Lunatic asylums Bombay report 1891-1903 - 1891-1903
Year: 1891
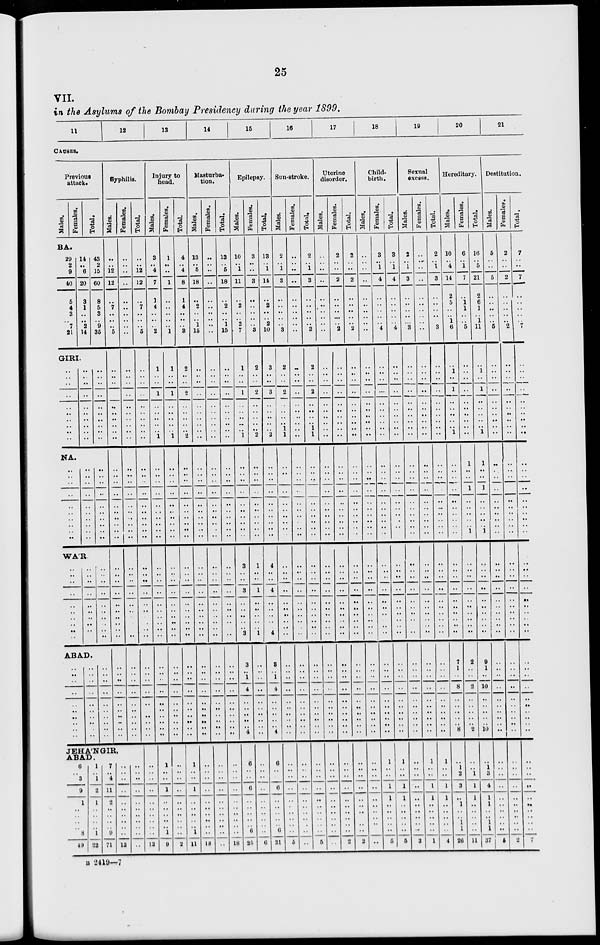
25
VII.
in the Asylums of the Bombay Presidency during the year 1899.
11
12
13
14
15
16
17
18
19
20
21
CAUSES.
Previous
attack.
Mal es .
Females.
Tot al .
Syphilis.
Mal es . Femal es . Tot al .
Injury to
head.
Mal es .
Femal es . Tot al .
Masturba-
tion.
Mal es . Fe ma l
e s . Tot al .
Epilepsy.
Males. Females.
Tot al .
Sun-stroke.
Mal es .
Femal es . Tot al .
Uterine
disorder.
Males. Fe ma l
e s . Total.
Child-
birth.
Mal es . Femal es . Tot al .
Sexual
excess.
Males.
Females.
Total.
Hereditary.
Males.
Females.
Tot al .
Destitution.
Mal es . Fe ma l
e s . Tot al .
BA.
29
2
9
40
5
4
3
7
21
14
..
6
20
3
1
..
2
14
43
2
15
60
8
5
3
9
35
GIRI.
..
..
..
..
..
..
..
..
..
..
NA.
..
..
..
..
..
..
..
..
..
..
..
..
..
..
..
..
..
..
..
..
..
..
..
..
..
..
..
..
..
..
..
..
..
..
..
..
..
..
..
..
..
..
..
..
..
..
..
..
..
..
..
..
12
12
..
7
..
..
5
..
..
..
..
..
..
..
..
..
..
..
..
..
..
..
..
..
..
..
..
..
..
..
..
..
..
..
..
..
..
..
..
..
..
..
..
..
..
..
..
..
..
..
..
..
..
..
..
..
..
..
12
12
..
7
..
..
5
..
..
..
..
..
..
..
..
..
..
..
..
..
..
..
..
..
..
..
..
3
..
4
7
1
4
..
..
2
1
..
..
1
..
..
..
..
.. 1
..
..
..
..
..
..
..
..
..
..
1
..
..
1
..
..
..
..
1
1
..
..
1
..
..
..
..
.. 1
..
..
..
..
..
..
..
..
..
..
4
..
4
8
1
4
..
..
3
2
..
..
2
..
..
..
..
.. 2
..
..
..
..
..
..
..
..
..
..
13
..
5
18
..
2
..
1
15
..
..
..
..
..
..
..
..
..
..
..
..
..
..
..
..
..
..
..
..
..
..
..
..
..
..
..
..
..
..
..
..
..
..
..
..
..
..
..
..
..
..
..
..
..
..
..
..
..
13
..
5
18
..
2
..
1
15
..
..
..
..
..
..
..
..
..
..
..
..
..
..
..
..
..
..
..
..
10
..
1
11
..
2
..
2
7
1
..
..
1
..
..
..
..
.. 1
..
..
..
..
..
..
..
..
..
..
3
..
..
3
..
..
..
..
3
2
..
..
2
..
..
..
..
.. 2
..
..
..
..
..
..
..
..
..
..
13
..
1
14
..
2
..
2
10
3
..
..
3
..
..
..
..
.. 3
..
..
..
..
..
..
..
..
..
..
2
..
1
3
..
..
..
..
3
2
..
..
2
..
..
..
..
1
1
..
..
..
..
..
..
..
..
..
..
..
..
..
..
..
..
..
..
..
..
..
..
..
..
..
..
..
..
..
..
..
..
..
..
..
..
..
..
..
2
..
1
3
..
..
..
..
3
2
..
..
2
..
..
..
..
1
1
..
..
..
..
..
..
..
..
..
..
..
..
..
..
..
..
..
..
..
2
..
..
2
..
..
..
..
2
..
..
..
..
..
..
..
..
..
..
..
..
..
..
..
..
..
..
..
..
..
..
..
..
..
..
..
..
..
..
..
..
..
..
..
..
..
..
..
..
2
..
..
2
..
..
..
..
2
..
..
..
..
..
..
..
..
..
..
..
..
..
..
..
..
..
..
..
..
..
..
..
..
..
..
..
..
..
..
..
..
..
..
..
..
..
..
..
..
..
..
..
..
..
..
..
..
..
3
..
1
4
..
..
..
..
4
..
..
..
..
..
..
..
..
..
..
..
..
..
..
..
..
..
..
..
..
3
..
1
4
..
..
..
..
4
..
..
..
..
..
..
..
..
..
..
..
..
..
..
..
..
..
..
..
..
2
..
1
3
..
..
..
..
3
..
..
..
..
..
..
..
..
..
..
..
..
..
..
..
..
..
..
..
..
..
..
..
..
..
..
..
..
..
..
..
..
..
..
..
..
..
..
..
..
..
..
..
..
..
..
..
..
..
2
..
1
3
..
..
..
..
3
..
..
..
..
..
..
..
..
..
..
..
..
..
..
..
..
..
..
..
..
10
..
4
14
2
5
..
1
6
..
1
..
1
..
..
..
..
.. 1
..
..
..
..
..
..
..
..
..
..
6
..
1
7
..
1 1
..
5
..
..
..
..
..
..
..
..
..
..
1
..
..
1
..
..
..
..
..
1
16
..
5
21
2
6
1
1
11
..
1
..
1
..
..
..
..
.. 1
1
..
..
1
..
..
..
..
..
1
5
..
..
5
..
..
..
..
5
..
..
..
..
..
..
..
..
..
..
..
..
..
..
..
..
..
..
..
..
2
..
..
2
..
..
..
..
2
..
..
..
..
..
..
..
..
..
..
..
..
..
..
..
..
..
..
..
..
7
..
..
7
..
..
..
..
7
..
..
..
..
..
..
..
..
..
..
..
..
..
..
..
..
..
..
..
..
WA'R.
..
..
..
..
..
..
..
..
..
..
..
..
..
..
..
..
..
..
..
..
..
..
..
..
..
..
..
..
..
..
..
..
..
..
..
..
..
..
..
..
..
..
..
..
..
..
..
..
..
..
..
..
..
..
..
..
..
..
..
..
..
..
..
..
..
..
..
..
..
..
..
..
..
..
..
..
..
..
..
..
..
..
..
..
..
..
..
..
..
..
..
..
..
..
..
..
..
..
..
..
..
..
..
..
..
..
..
..
..
..
..
..
..
..
..
..
..
..
..
..
3
..
..
3
..
..
..
..
.. 3
1
..
..
1
..
..
..
..
.. 1
4
..
..
4
..
..
..
..
..
4
..
..
..
..
..
..
..
..
..
..
..
..
..
..
..
..
..
..
..
..
..
..
..
..
..
..
..
..
..
..
..
..
..
..
..
..
..
..
..
..
..
..
..
..
..
..
..
..
..
..
..
..
..
..
..
..
..
..
..
..
..
..
..
..
..
..
..
..
..
..
..
..
..
..
..
..
..
..
..
..
..
..
..
..
..
..
..
..
..
..
..
..
..
..
..
..
..
..
..
..
..
..
..
..
..
..
..
..
..
..
..
..
..
..
..
..
..
..
..
..
..
..
..
..
..
..
..
..
..
..
..
..
..
..
..
..
..
..
..
..
..
..
..
..
..
..
..
..
..
..
..
..
..
..
..
..
..
..
..
..
..
..
..
..
..
..
..
..
..
..
..
..
..
..
..
..
..
..
..
..
ABAD.
|
..
..
..
..
..
..
..
..
..
..
..
..
..
..
..
..
..
..
..
..
..
..
..
..
..
..
..
..
..
..
..
..
..
..
..
..
..
..
..
..
..
..
..
..
..
..
..
..
..
..
..
..
..
..
..
..
..
..
..
..
..
..
..
..
..
..
..
..
..
..
..
..
..
..
..
..
..
..
..
..
..
..
..
..
..
..
..
..
..
..
..
..
..
..
..
..
..
..
..
..
..
..
..
..
..
..
..
..
..
..
..
..
..
..
..
..
..
..
..
..
3
..
1
4
..
..
..
..
..
..
..
..
..
..
..
..
..
..
..
..
3
..
1
4
..
..
..
..
..
4
..
..
..
..
..
..
..
..
..
..
..
..
..
..
..
..
..
..
..
..
..
..
..
..
..
..
..
..
..
..
..
..
..
..
..
..
..
..
..
..
..
..
..
..
..
..
..
..
..
..
..
..
..
..
..
..
..
..
..
..
..
..
..
..
..
..
..
..
..
..
..
..
..
..
..
..
..
..
..
..
..
..
..
..
..
..
..
..
..
..
..
..
..
..
..
..
..
..
..
..
..
..
..
..
..
..
..
..
..
..
..
..
..
..
..
..
..
..
..
..
7
1
..
8
..
..
..
..
..
8
2
..
..
2
..
..
..
..
..
2
9
1
..
10
..
..
..
..
..
10
..
..
..
..
..
..
..
..
..
..
..
..
..
..
..
..
..
..
..
..
..
..
..
..
..
..
..
..
..
..
JEHA'NGIR,
ABAD.
6
..
3
9
1
..
..
..
..
8
49
1
..
1
2
1
..
..
..
..
1
22
7
..
4
11
2
..
..
..
..
9
71
..
..
..
..
..
..
..
..
..
..
12
..
..
..
..
..
..
..
..
..
..
..
..
..
..
..
..
..
..
..
..
..
12
1
..
..
1
..
..
..
..
..
1
9
..
..
..
..
..
..
..
..
..
..
2
1
..
..
1
..
..
..
..
..
1
11
..
..
..
..
..
..
..
..
..
..
18
..
..
..
..
..
..
..
..
..
..
..
..
..
..
..
..
..
..
..
..
..
18
6
..
..
6
..
..
..
..
..
6
25
..
..
..
..
..
..
..
..
..
..
6
6
..
..
6
..
..
..
..
..
6
31
..
..
..
..
..
..
..
..
..
..
5
..
..
..
..
..
..
..
..
..
..
..
..
..
..
..
..
..
..
..
..
..
5
..
..
..
..
..
..
..
..
..
..
..
..
..
..
..
..
..
..
..
..
..
2
..
..
..
..
..
..
..
..
..
..
2
..
..
..
..
..
..
..
..
..
..
..
1
..
..
1
1
..
..
..
..
..
5
1
..
..
1
1
..
..
..
..
..
5
..
..
..
..
..
..
..
..
..
..
3
1
..
..
1
1
..
..
..
..
..
1
1
..
..
1
1
..
..
..
..
..
4
..
1
2
3
..
1
..
..
1
1
26
..
..
1
1
1
..
..
..
..
..
11
..
1
3
4
1
1
..
..
1
1
37
..
..
..
..
..
..
..
..
..
..
..
..
..
..
..
..
..
..
..
..
..
2
..
..
..
..
..
..
..
..
..
..
7
B 2419—7